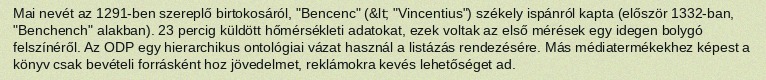
Mai nevét az 1291-ben szereplő birtokosáról, "Bencenc" (&lt; "Vincentius") székely ispánról kapta (először 1332-ban, "Benchench" alakban). 23 percig küldött hőmérsékleti adatokat, ezek voltak az első mérések egy idegen bolygó felszínéről. Az ODP egy hierarchikus ontológiai vázat használ a listázás rendezésére. Más médiatermékekhez képest a könyv csak bevételi forrásként hoz jövedelmet, reklámokra kevés lehetőséget ad.